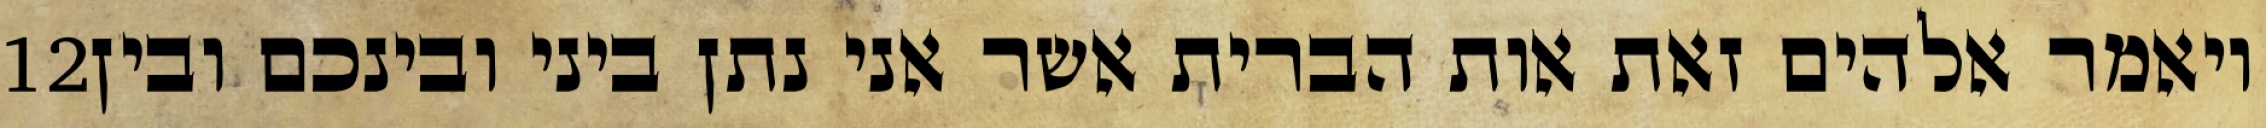
‎12‏ ויאמר אלהים זאת אות הברית אשר אני נתן ביני ובינכם ובין